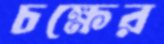
চক্ষের